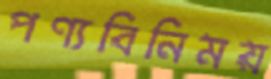
পণ্যবিনিময়